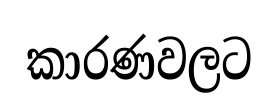
කාරණවලට